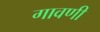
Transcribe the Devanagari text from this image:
गावणी